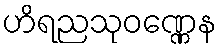
ဟိရညသုဝဏ္ဏေန